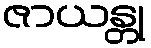
ဇာယန္တု